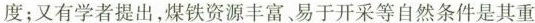
度；又有学者提出，煤铁资源丰富、易于开采等自然条件是其重